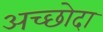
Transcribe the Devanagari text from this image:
अच्छोदा